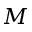
M